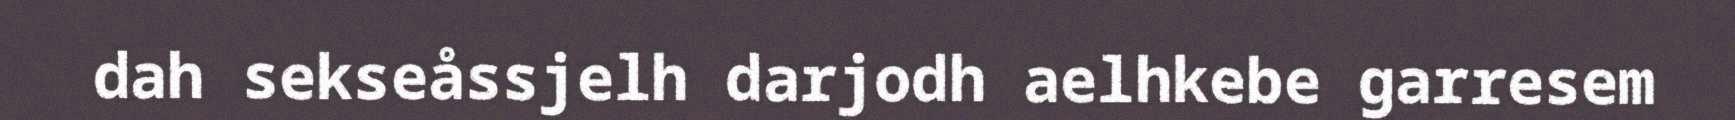
dah sekseåssjelh darjodh aelhkebe garresem